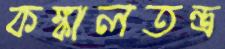
কঙ্কালতন্ত্র